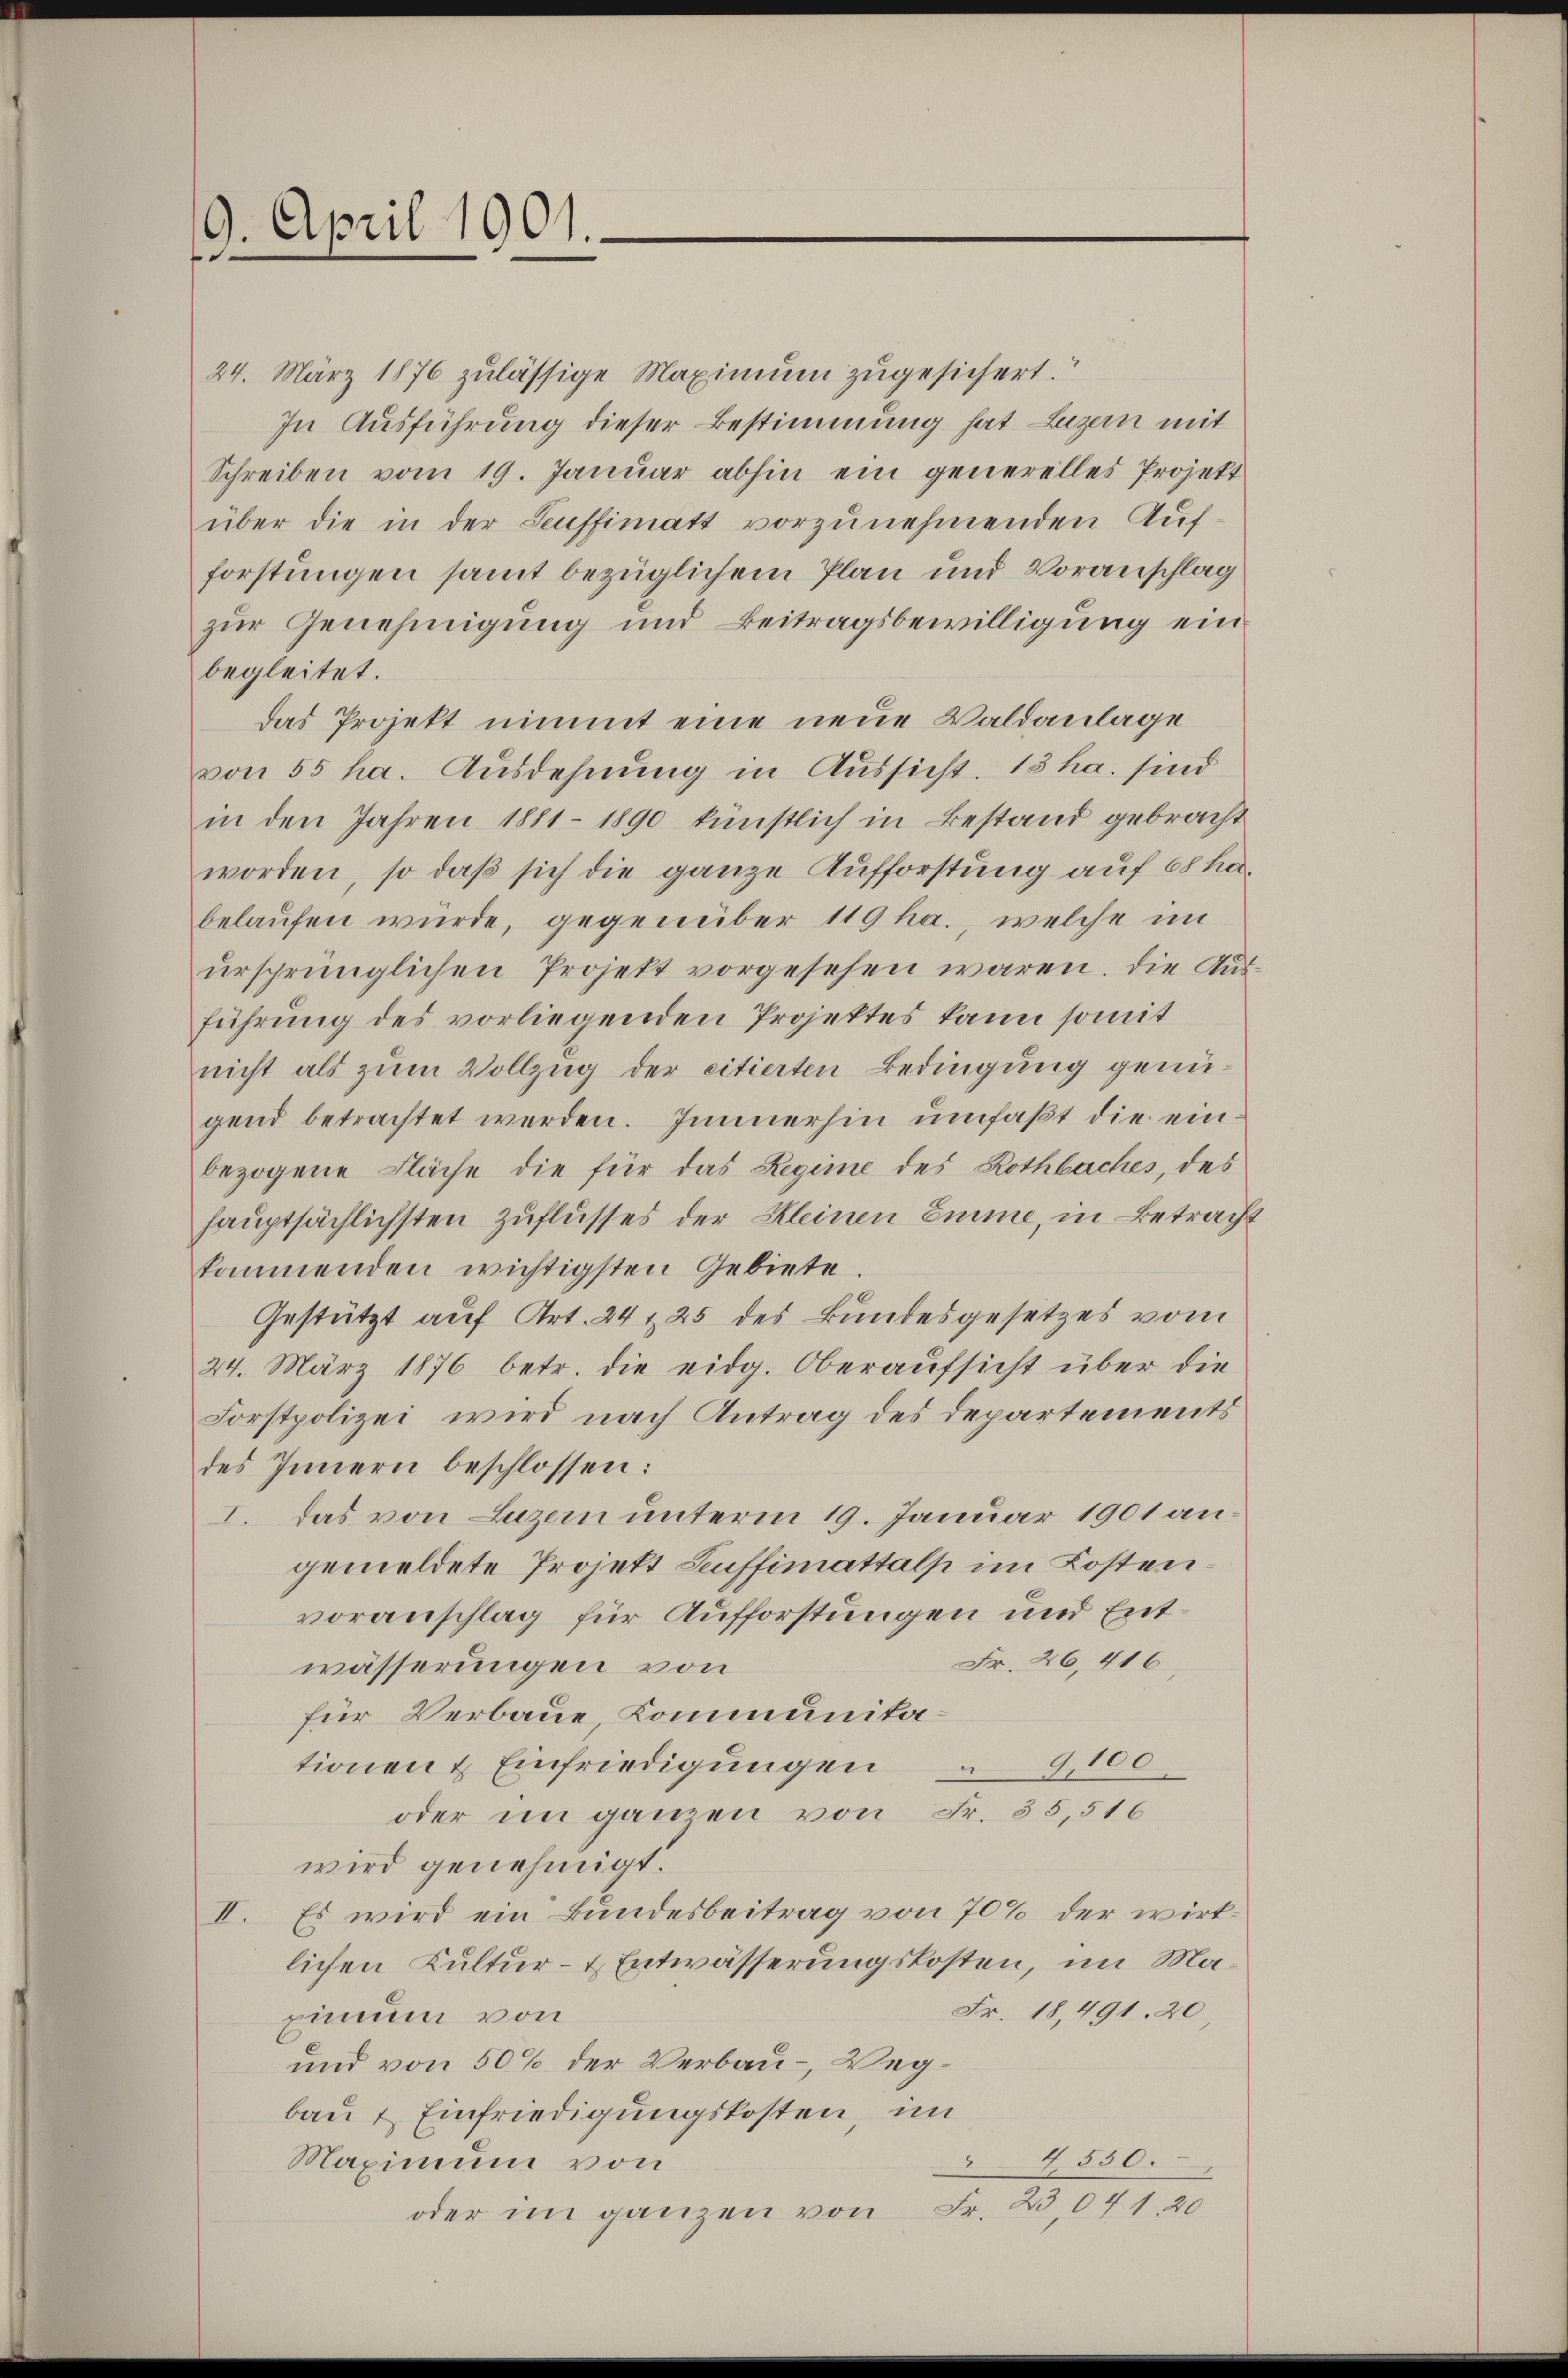
9. April 1901.
e

24. März 1876 zulässige Maximum zugesichert.“
In Ausführung dieser Bestimmung hat Luzern mit
Schreiben vom 19. Januar abhin ein generelles Projekt
über die in der Seuffimatt vorzunehmenden Aufforstungen samt bezüglichem Plan und Voranschlag
zur Genehmigung und Beitragsbewilligung ein
begleitet.
das Projekt nimmt eine neue Waldanlage
von 55 ha. Ausdehnung in Aussicht. 13 ha. sind
in den Jahren 1881 - 1890 künstlich in Bestand gebracht
worden, so daß sich die ganze Aufforstung auf 68 habelaufen würde, gegenüber 119 ha., welche im
ursprünglichen Projekt vorgesehen waren. Die Ausführung des vorliegenden Projektes kann somit
nicht als zum Vollzug der citierten Bedingung genügend betrachtet werden. Immerhin umfaßt die einbezogene Fläche die für das Regime des Rothbaches, des
hauptsächlichsten Zuflusses der Kleinen Emme, in Betracht
kommenden wichtigsten Gebiete
Gestützt auf Art. 24, 25 des Bundesgesetzes vom
24. März 1876 betr. die eidg. Oberaŭfsicht über die
Forstpolizei wird nach Antrag des Departements
des Innern beschlossen:
I. Das von Luzern unterm 19. Januar 1901 angemeldete Projekt Seuffimattalp im Kostenvoranschlag für Aufforstungen und Ent¬
Fr. 26,416
wässerungen von
für Verbaue, Kommunikationen & Einfriedigungen 9,100
oder im ganzen von Fr. 35,516
wird genehmigt.
II. Es wird ein Bundesbeitrag von 70% der wirklichen Kultur- & Entwässerungskosten, im Ma¬
Fr. 18, 491. 20
pinum von
und von 50% der Verbau- Wegbau & Einfriedigungskosten, im
4550.
Maximum von
Fr. 23,041. 20
oder im ganzen von